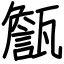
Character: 甔